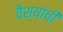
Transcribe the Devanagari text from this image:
वैश्यांची